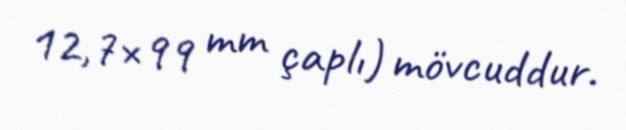
12,7×99 mm çaplı) mövcuddur.